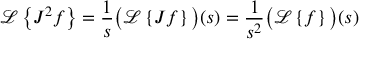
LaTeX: { \mathcal { L } } \left\{ J ^ { 2 } f \right\} = { \frac { 1 } { s } } { \bigl ( } { \mathcal { L } } \left\{ J f \right\} { \bigr ) } ( s ) = { \frac { 1 } { s ^ { 2 } } } { \bigl ( } { \mathcal { L } } \left\{ f \right\} { \bigr ) } ( s )